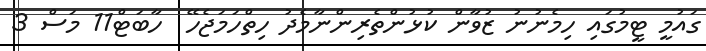
ގައުމީ ޓީމުގައި ހިމެނުނު ޒުވާން ކުޅުންތެރިންނާމެދު ހިތްހަމަޖެހޭ  ހާބަޓް11 މަސް 3